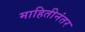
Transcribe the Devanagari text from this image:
माहितीनंतर